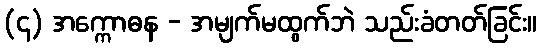
(၄) အက္ကောဓန - အမျက်မထွက်ဘဲ သည်းခံတတ်ခြင်း။